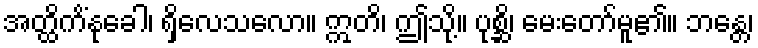
အတ္ထိကိံနုခေါ၊ ရှိလေသလော။ ဣတိ၊ ဤသို့။ ပုစ္ဆိ၊ မေးတော်မူ၏။ ဘန္တေ၊